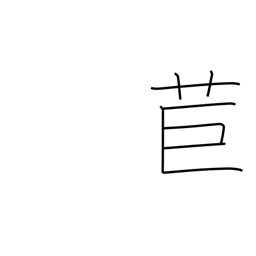
Meaning: torch